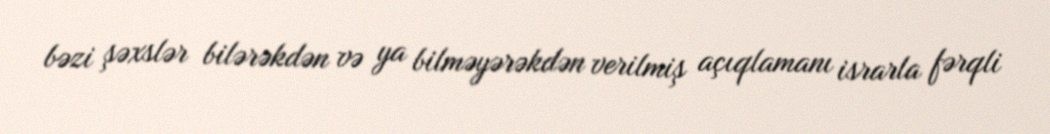
bəzi şəxslər bilərəkdən və ya bilməyərəkdən verilmiş açıqlamanı israrla fərqli